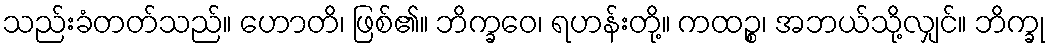
သည်းခံတတ်သည်။ ဟောတိ၊ ဖြစ်၏။ ဘိက္ခဝေ၊ ရဟန်းတို့။ ကထဉ္စ၊ အဘယ်သို့လျှင်။ ဘိက္ခု